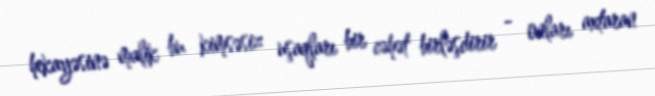
hekayəsinə malik bu kimsəsiz uşaqları bir cəhət birləşdirir - onları axtaran